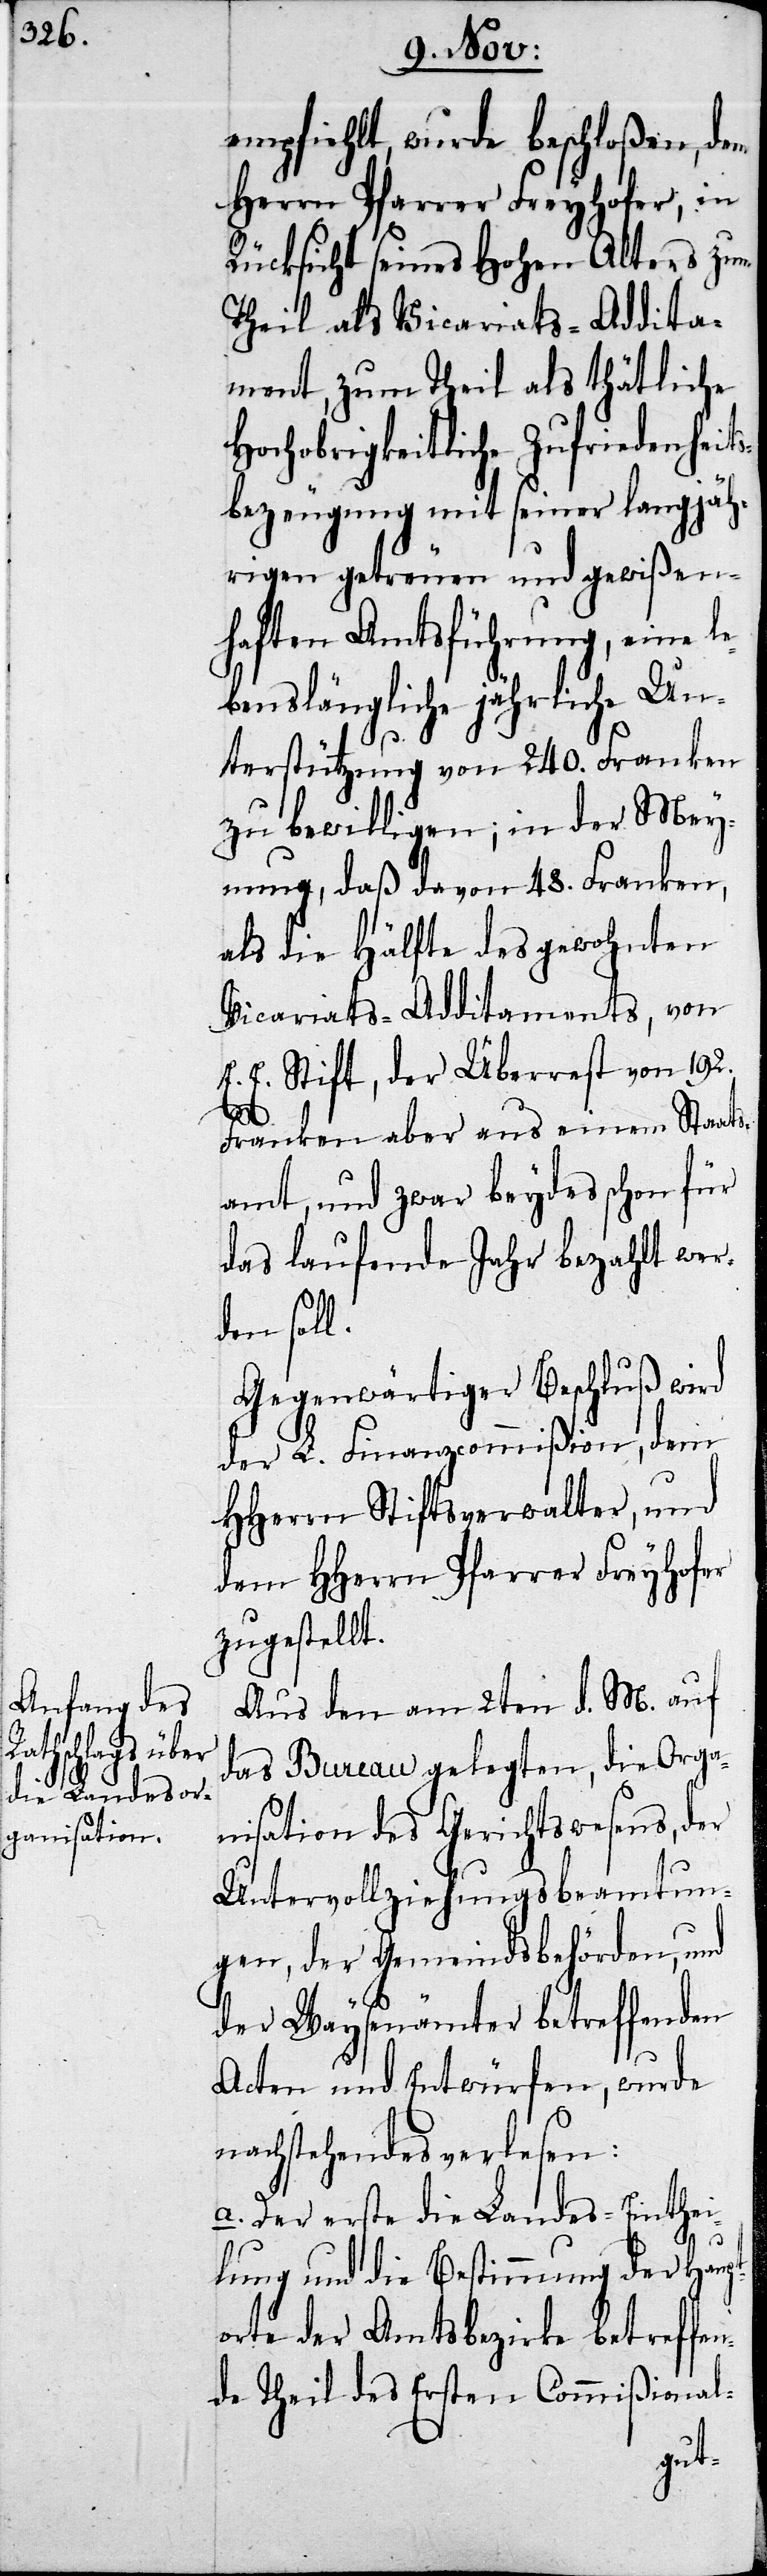
empfiehlt, wurde beschloßen, dem
Herrn Pfarrer Freyhofer, in
Rücksicht seines Hohen Alters zum
Theil als Vicariats-Addita¬
ment, zum Theil als thätliche
Hochobrigkeitliche Zufriedenheits¬
bezeugung mit seiner langjäh¬
rigen getreuen und gewißen¬
haften Amtsführung, eine le¬
benslängliche jährliche Un¬
terstützung von 240. Franken
zu bewilligen; in der Mey¬
nung, daß davon 48. Franken,
als die Hälfte des gewohnten
Vicariats-Additaments, von
E. E. Stift, der Überrest von 192.
Franken aber aus einem Staats¬
amt, und zwar beydes schon für
das laufende Jahr bezahlt wer¬
den soll.
Gegenwärtiger Beschluß wird
der L. Finanzcommißion, dem
HHerrn Stiftsverwalter, und
dem HHerrn Pfarrer Freyhofer
zugestellt.
Aus den am 2ten d. M. auf
das Bureau gelegten, die Orga¬
nisation des Gerichtswesens, der
Untervollziehungsbeamtun¬
gen, der Gemeindsbehörden, und
der Waysenämter betreffenden
Acten und Entwürfen, wurde
nachstehendes verlesen:
a. Der erste die Landes-Einthei¬
lung und die Bestimmung der Haupt¬
orte der Amtsbezirke betreffen¬
de Theil des Ersten Commißional-